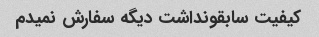
کیفیت سابقونداشت دیگه سفارش نمیدم